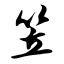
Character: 笠